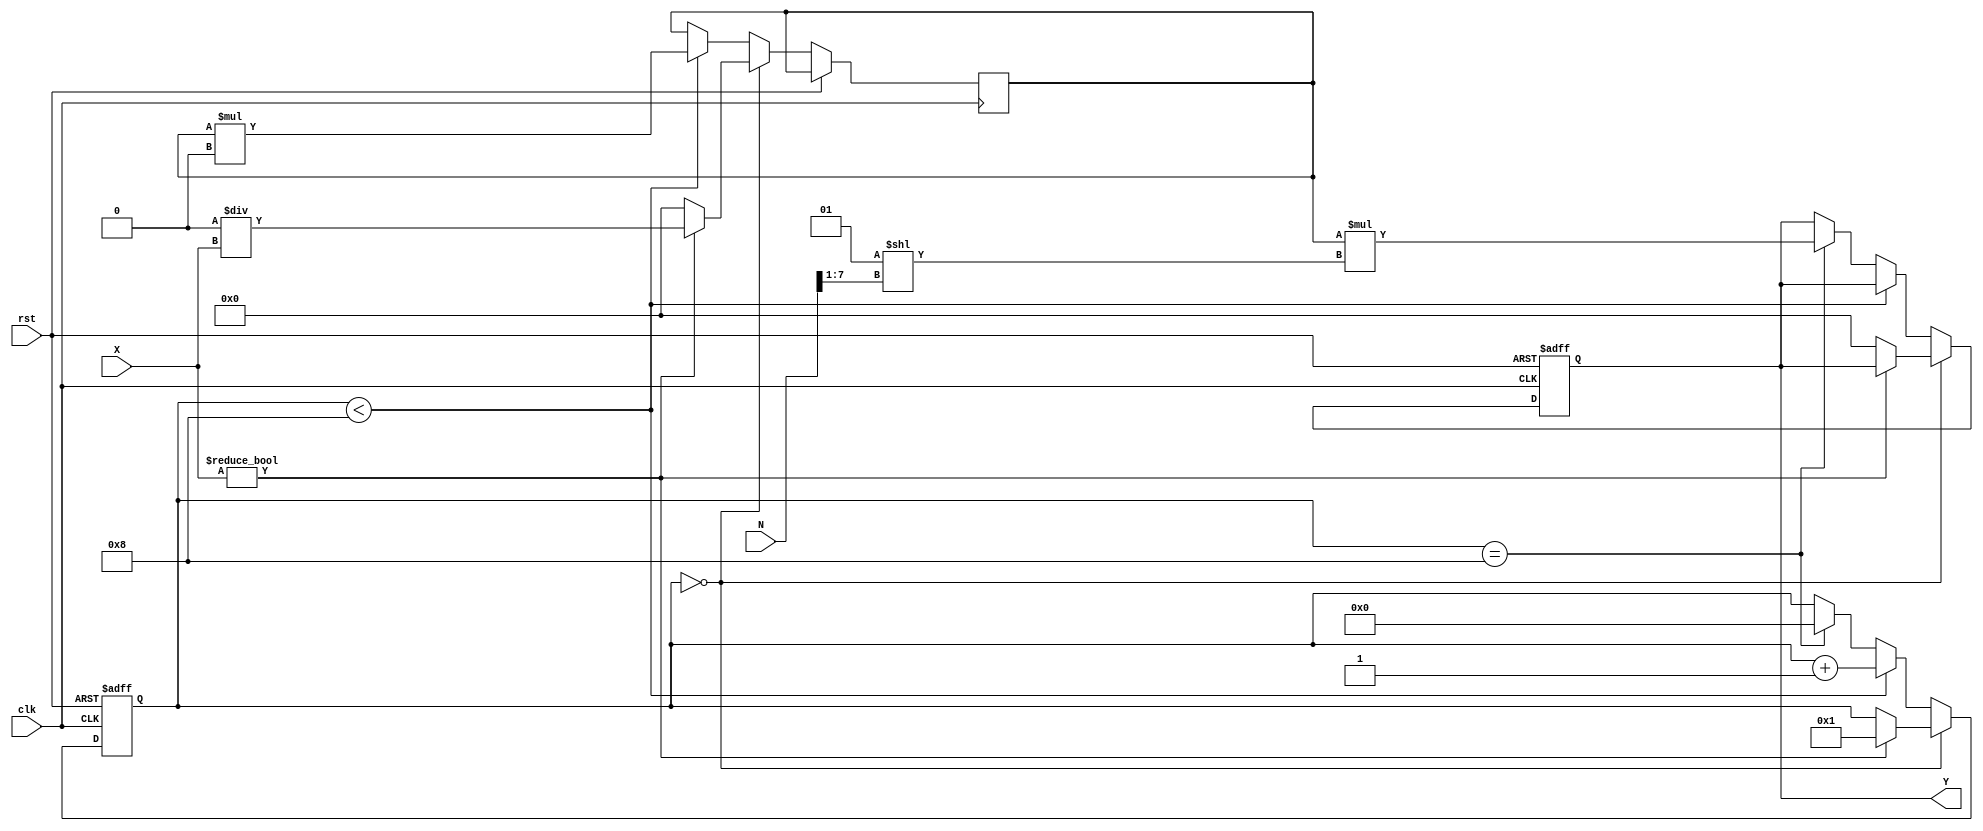
module fractional_order_reciprocal #(
    parameter INPUT_WIDTH = 16,
    parameter OUTPUT_WIDTH = 32,
    parameter FRACTIONAL_ORDER_WIDTH = 8,
    parameter MAX_ITERATIONS = 8
)(
    input  wire signed [INPUT_WIDTH-1:0] X,              // Input signal
    input  wire [FRACTIONAL_ORDER_WIDTH-1:0] N,          // Fractional order
    output reg  signed [OUTPUT_WIDTH-1:0] Y,             // Output signal
    input  wire clk,                                      // Clock signal
    input  wire rst                                       // Reset signal
);

    reg signed [OUTPUT_WIDTH-1:0] approx;                // Approximation of reciprocal
    reg [3:0] iteration;                                  // Iteration counter
    reg valid;                                           // Valid signal for output
    reg [OUTPUT_WIDTH-1:0] scale_factor;                 // Scaling factor for fractional order

    initial begin
        valid = 0;
        iteration = 0;
        Y = 0;
    end

    // Scale factor computation based on fractional order (scaled to OUTPUT_WIDTH)
    always @(*) begin
        scale_factor = (1 << (N >> 1)); // Simple example of scaling based on N
    end

    // Newton-Raphson iteration for reciprocal calculation
    always @(posedge clk or posedge rst) begin
        if (rst) begin
            valid <= 0;
            iteration <= 0;
            Y <= 0;
        end else if (iteration == 0) begin
            // Initialize approximation
            if (X != 0) begin
                approx <= (1 << OUTPUT_WIDTH) / X; // Initial guess: 2^OUTPUT_WIDTH / X
                iteration <= 1;
                valid <= 0;
            end else begin
                approx <= 0; // Handle division by zero
                Y <= 0; // Output zero in case of division by zero
            end
        end else if (iteration < MAX_ITERATIONS) begin
            // Newton-Raphson iteration: approx = approx * (2 - X * approx)
            approx <= approx * (2 - X * approx >> OUTPUT_WIDTH);
            iteration <= iteration + 1;
        end else if (iteration == MAX_ITERATIONS) begin
            // Final scaling of the result based on fractional order
            Y <= approx * scale_factor; // Apply scaling
            valid <= 1;
            iteration <= 0; // Reset iteration for the next operation
        end
    end

    // Output valid signal management
    always @(posedge clk) begin
        if (valid) begin
            valid <= 0; // Clear valid flag after reading Y
        end
    end

endmodule